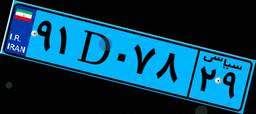
۴۴D۰۰۴۱۰